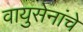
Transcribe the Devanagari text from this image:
वायुसेनांचे